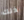
ذلك